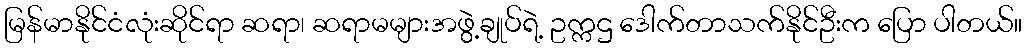
မြန်မာနိုင်ငံလုံးဆိုင်ရာ ဆရာ၊ ဆရာမများအဖွဲ့ချုပ်ရဲ့ ဥက္ကဌ ဒေါက်တာသက်နိုင်ဦးက ပြော ပါတယ်။